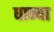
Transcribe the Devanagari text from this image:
धान्या